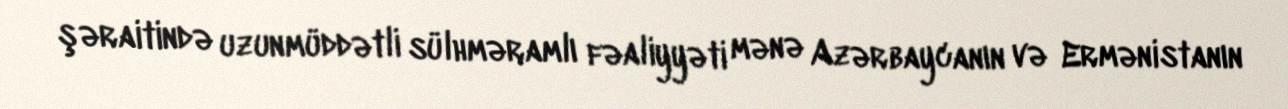
şəraitində uzunmüddətli sülhməramlı fəaliyyəti mənə Azərbaycanın və Ermənistanın